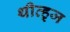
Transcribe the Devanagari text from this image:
थीव्ह्‌ज